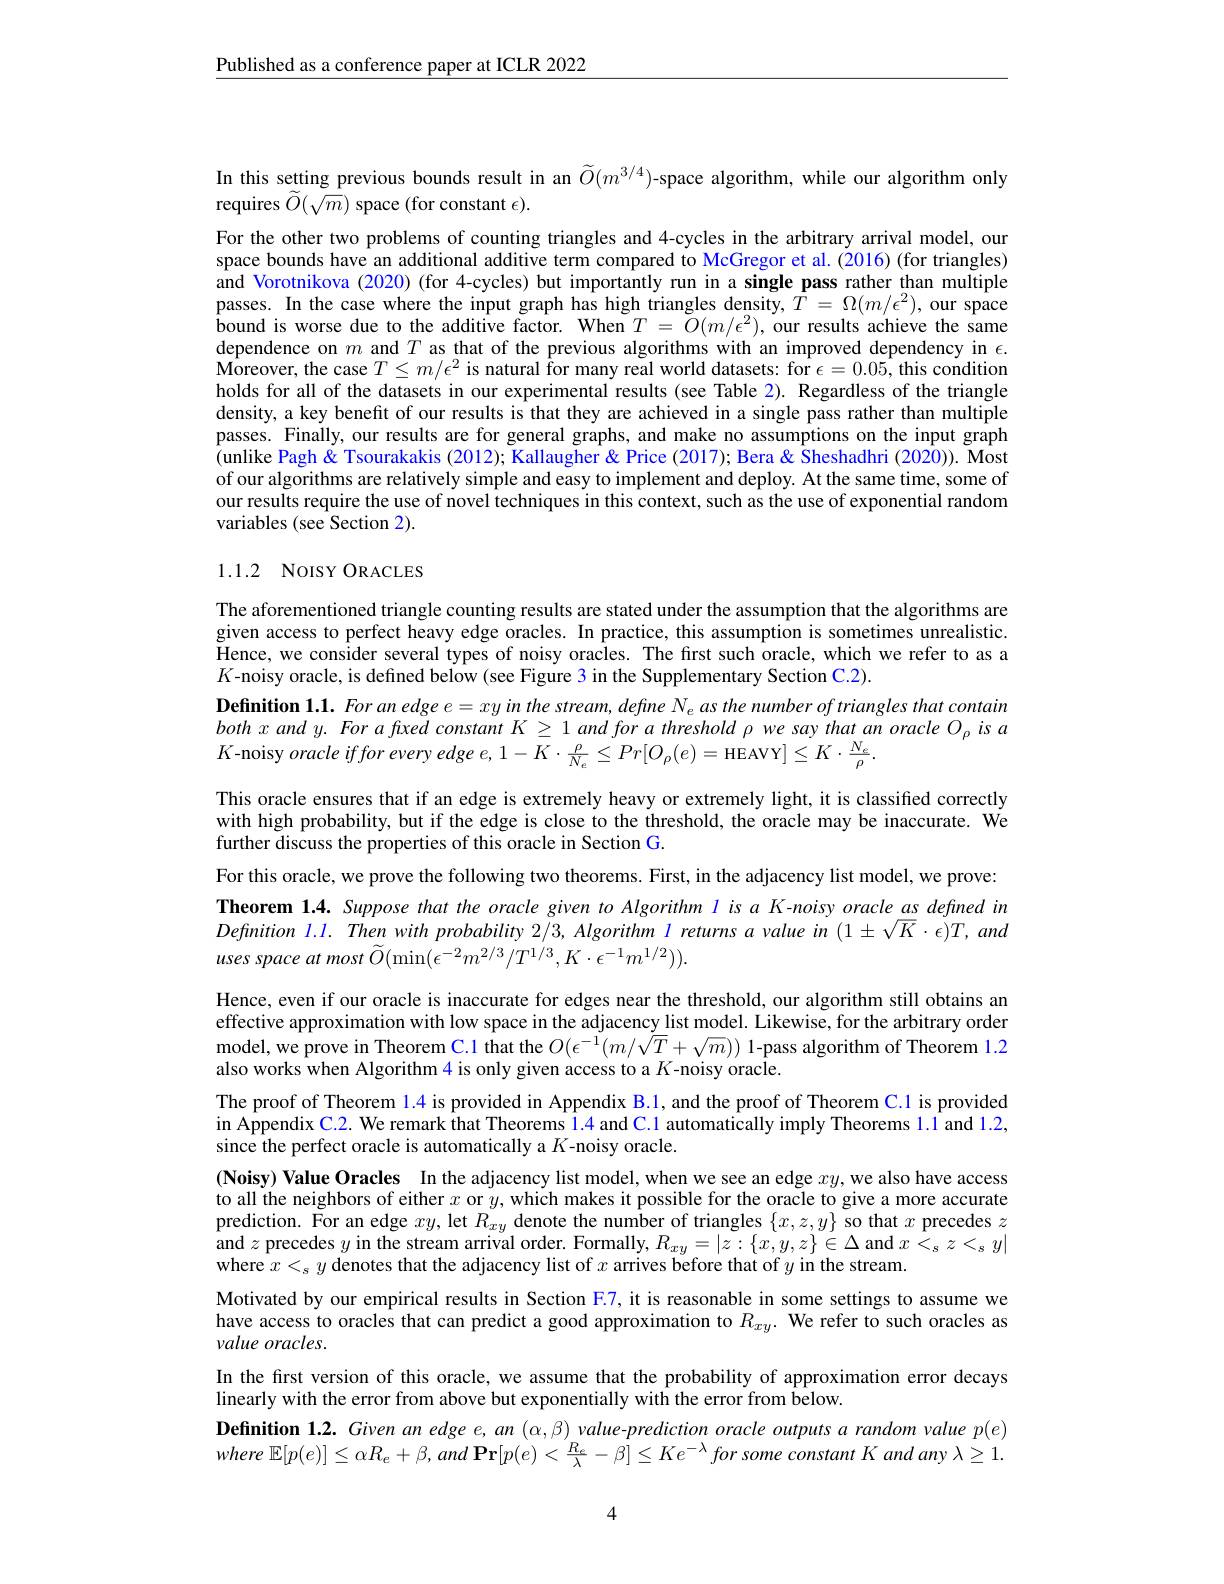
$\underline{\text{Published as a conference paper at ICLR 2022}}$

In this setting previous bounds result in an $\widetilde{O}(m^{3/4})$-space algorithm, while our algorithm only
requires $\widetilde{O}(\tilde{m})$ space (for constant $\epsilon).$

For the other two problems of counting triangles and 4-cycles in the arbitrary arrival model, our space bounds have an additional additive term compared to McGregor et al. (2016) (for triangles) and Vorotnikova (2020) (for 4-cycles) but importantly run in a single pass rather than multiple passes. In the case where the input graph has high triangles density, $\tilde{T}=\Omega(m/\epsilon^2)$, our space $\hat{\text{bound is worse due to the additive factor. When}T}=\tilde{O}(m/\epsilon^{2})$,our results achieve the same dependence on $m$ and $T$ as that of the previous algorithms with an improved dependency in $\epsilon.$ $\hat{\text{Moreover, the case }T}\leq m/\epsilon^2$ is natural for many real world datasets: for $\epsilon=0.05,\dot{\text{this condition}}$ holds for all of the datasets in our experimental results (see Table 2). Regardless of the triangle density, a key benefit of our results is that they are achieved in a single pass rather than multiple passes. Finally, our results are for general graphs, and make no assumptions on the input graph (unlike Pagh & Tsourakakis (2012); Kallaugher & Price (2017); Bera & Sheshadhri (2020)). Most of our algorithms are relatively simple and easy to implement and deploy. At the same time, some of our results require the use of novel techniques in this context, such as the use of exponential random variables (see Section 2).

## 1.1.2 NoISY ORACLES

The aforementioned triangle counting results are stated under the assumption that the algorithms are given access to perfect heavy edge oracles. In practice, this assumption is sometimes unrealistic. Hence, we consider several types of noisy oracles. The first such oracle, which we refer to as a $K$-noisy oracle, is defined below (see Figure 3 in the Supplementary Section C.2).
Definition $1. 1. \textit{Foran edge e}= xy$ in the stream, define $N_e$ as the number of triangles that contain $bothxandy.ForafixedconstantK\geq1andforathreshold\rho wesaythatanoracleO_{\rho}isa$
This oracle ensures that if an edge is extremely heavy or extremely light, it is classified correctly with high probability, but if the edge is close to the threshold, the oracle may be inaccurate. We further discuss the properties of this oracle in Section G.
For this oracle, we prove the following two theorems. First, in the adjacency list model, we prove: Theorem 1.4. Suppose that the oracle given to Algorithm l is a K-noisy oracle as defined in Definition l.1. Then with probability $2/3,Algorithm$ l returns a value in $(1\pm\sqrt{K}\cdot\epsilon)T,and$ uses space $at$ most $\widetilde{O} ( \min ( \epsilon ^{- 2}m^{2/ 3}/ T^{1/ 3}, K\cdot \epsilon ^{- 1}m^{1/ 2}) ) .$
Hence, even if our oracle is inaccurate for edges near the threshold, our algorithm still obtains an effective approximation with low space in the adjacency list model. Likewise, for the arbitrary order model, we prove in Theorem C.1 that the $O(\epsilon^{-1}(m/\bar{\sqrt{T}}+\sqrt{m}))$ l-pass algorithm of Theorem 1.2 also works when Algorithm 4 is only given access to a $K$-noisy oracle.
The proof of Theorem $\color{red}{1.4}$ is provided in Appendix B.1, and the proof of Theorem C.1 is provided in Appendix C.2. We remark that Theorems 1.4 and C.1 automatically imply Theorems 1.1 and 1.2, since the perfect oracle is automatically a $K$-noisy oracle.
$( \textbf{Noisy) Value Oracles In the adjacency list model, when we see an edge }xy$,we also have access to all the neighbors of either $x$ or $y$, which makes it possible for the oracle to give a more accurate prediction. Yor an edge $xy$,let $R_xy$ denote the number of triangles $\{x,z,y\}$ so that $x$ precedes $z$ $\begin{aligned}\text{and }z\text{ precedes }y\mathrm{~in~the~stream~arrival~order.~Formally,~}R_{xy}=|z:\{x,y,z\}\in\Delta\mathrm{~and~}x<_{s}z<_{s}y|\end{aligned}$ where $x<_sy$ denotes that the adjacency list of $x$ arrives before that of $y$ in the stream.
Motivated by our empirical results in Section F.7, it is reasonable in some settings to assume we have access to oracles that can predict a good approximation to $R_{xy}.$ We refer to such oracles as value oracles.
In the first version of this oracle, we assume that the probability of approximation error decays
linearly with the error from above but exponentially with the error from below.
Definition 1.2. Given an edge e, an $(\alpha,\beta)$ value-prediction oracle outputs a random value p(e) where $\mathbb{E} [ p( e) ] \leq \alpha R_{e}+ \beta , and$ $\mathbf{Pr}[ p( e) < \frac {R_{e}}\lambda - \beta ] \leq Ke^{- \lambda }$ for some constant $K$ and any $\lambda \geq 1.$

4